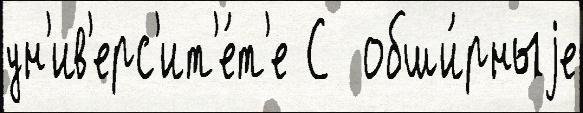
ун'ив'ерс'ит'е́т'е С  обши́рныjе